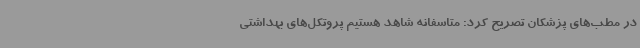
در مطب‌های پزشکان تصریح کرد: متاسفانه شاهد هستیم پروتکل‌های بهداشتی